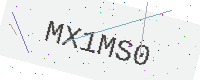
Text: MX1MS0